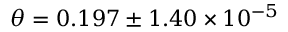
\theta = 0 . 1 9 7 \pm 1 . 4 0 \times 1 0 ^ { - 5 }